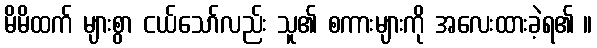
မိမိထက် များစွာ ငယ်သော်လည်း သူ၏ စကားများကို အလေးထားခဲ့ရ၏ ။